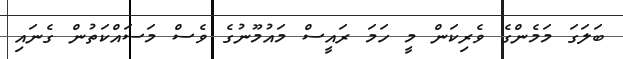
ބަލަގަ މަމެންގެ ވެރިކަން މީ ހަމަ ރައީސް މައުމޫނުގެ ވެސް މަަސައްކަތުން ގެނައި